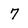
Character: 7